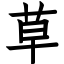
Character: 草